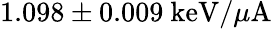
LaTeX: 1.098\pm 0.009\ \mathrm{keV}/\mu\mathrm{A}